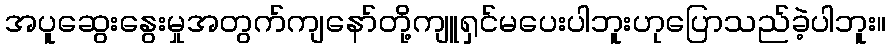
အပူဆွေးနွေးမှုအတွက်ကျနော်တို့ကျူရှင်မပေးပါဘူးဟုပြောသည်ခဲ့ပါဘူး။